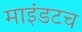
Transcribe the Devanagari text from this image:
माइंडटच